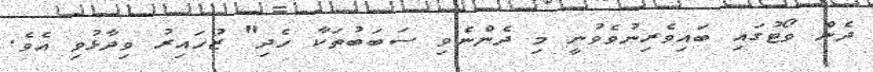
ދެން ވޯޓުގައި ބައިވެރިނުވެވުނީ މި ދެންނެވި ސަބަބުތަކާ ހެދި" ޒުހައިރު ވިދާޅުވި އެވެ.